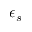
\epsilon _ { s }